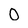
Character: 0